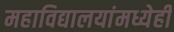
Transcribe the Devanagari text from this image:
महाविद्यालयांमध्येही